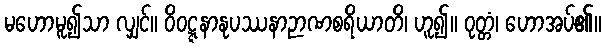
မဟောမူ၍သာ လျှင်။ ဝိဝဋ္ဋနာနုပဿနာဉာဏစရိယာတိ၊ ဟူ၍။ ဝုတ္တံ၊ ဟောအပ်၏။